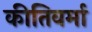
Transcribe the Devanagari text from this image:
कीतिवर्मा